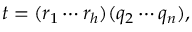
t = ( r _ { 1 } \cdots r _ { h } ) ( q _ { 2 } \cdots q _ { n } ) ,